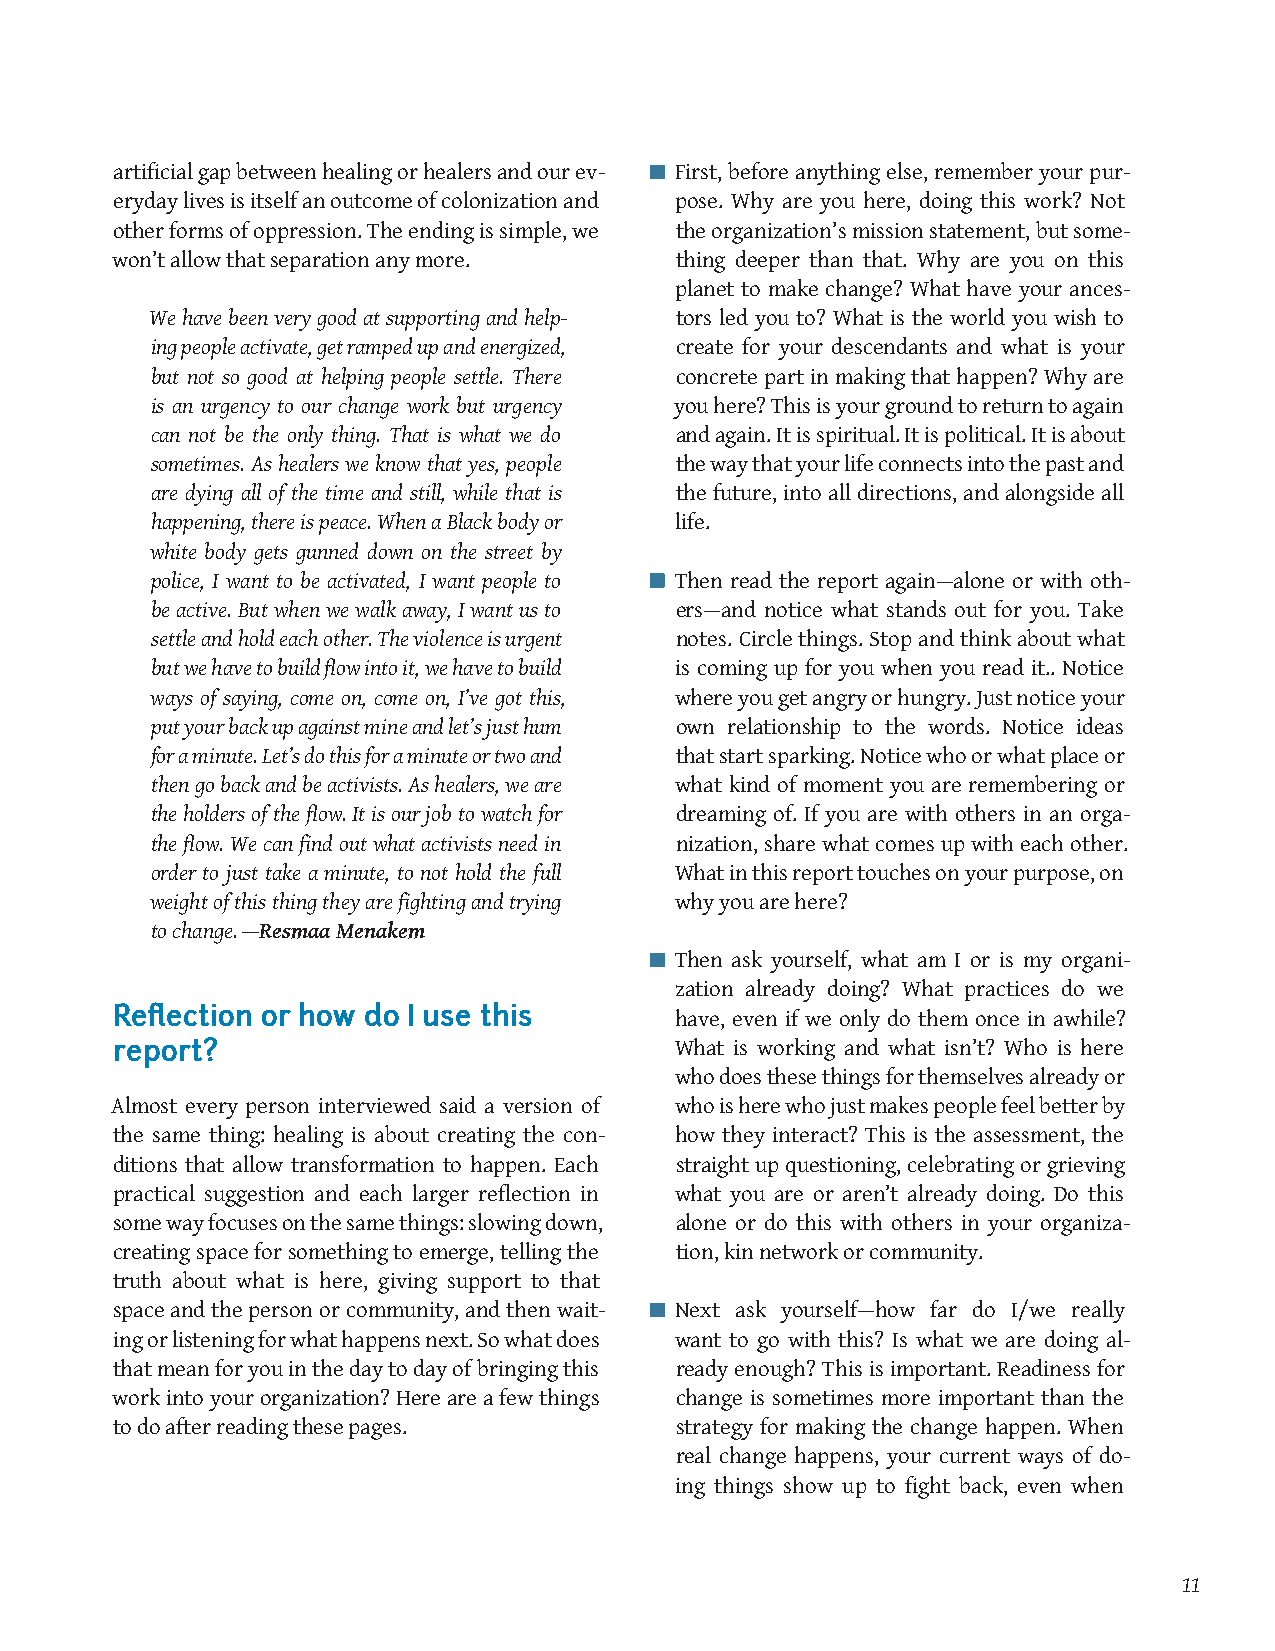
artificial gap between healing or healers and our ev- First, before anything else, remember your pur-
 eryday lives is itself an outcome of colonization and pose. Why are you here, doing this work? Not
 other forms of oppression. The ending is simple, we the organization’s mission statement, but some-
 won’t allow that separation any more. thing deeper than that. Why are you on this
 planet to make change? What have your ances-
 We have been very good at supporting and help- tors led you to? What is the world you wish to
 ing people activate, get ramped up and energized, create for your descendants and what is your
 but not so good at helping people settle. There concrete part in making that happen? Why are
 is an urgency to our change work but urgency you here? This is your ground to return to again
 can not be the only thing. That is what we do and again. It is spiritual. It is political. It is about
 sometimes. As healers we know that yes, people the way that your life connects into the past and
 are dying all of the time and still, while that is the future, into all directions, and alongside all
 happening, there is peace. When a Black body or life.
 white body gets gunned down on the street by
 police, I want to be activated, I want people to Then read the report again—alone or with oth-
 be active. But when we walk away, I want us to ers—and notice what stands out for you. Take
 settle and hold each other. The violence is urgent notes. Circle things. Stop and think about what
 but we have to build flow into it, we have to build is coming up for you when you read it.. Notice
 ways of saying, come on, come on, I’ve got this, where you get angry or hungry. Just notice your
 put your back up against mine and let’s just hum own relationship to the words. Notice ideas
 for a minute. Let’s do this for a minute or two and that start sparking. Notice who or what place or
 then go back and be activists. As healers, we are what kind of moment you are remembering or
 the holders of the flow. It is our job to watch for dreaming of. If you are with others in an orga-
 the flow. We can find out what activists need in nization, share what comes up with each other.
 order to just take a minute, to not hold the full What in this report touches on your purpose, on
 weight of this thing they are fighting and trying why you are here?
 to change. —Resmaa Menakem
 Then ask yourself, what am I or is my organi-
 zation already doing? What practices do we
 Reflection or how do I use this
 have, even if we only do them once in awhile?
 report?                               What is working and what isn’t? Who is here
 who does these things for themselves already or
 Almost every person interviewed said a version of who is here who just makes people feel better by
 the same thing: healing is about creating the con- how they interact? This is the assessment, the
 ditions that allow transformation to happen. Each straight up questioning, celebrating or grieving
 practical suggestion and each larger reflection in what you are or aren’t already doing. Do this
 some way focuses on the same things: slowing down, alone or do this with others in your organiza-
 creating space for something to emerge, telling the tion, kin network or community.
 truth about what is here, giving support to that
 space and the person or community, and then wait- Next ask yourself—how far do I/we really
 ing or listening for what happens next. So what does want to go with this? Is what we are doing al-
 that mean for you in the day to day of bringing this ready enough? This is important. Readiness for
 work into your organization? Here are a few things change is sometimes more important than the
 to do after reading these pages.      strategy for making the change happen. When
 real change happens, your current ways of do-
 ing things show up to fight back, even when
 11